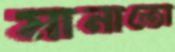
মানাতো